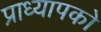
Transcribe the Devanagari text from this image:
प्राध्यापको